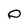
Character: p